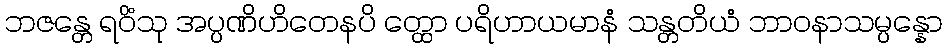
ဘဇန္တေ ရဝိံသု အပ္ပဏိဟိတေနပိ တ္ထော ပရိဟာယမာနံ သန္တတိယံ ဘာဝနာသမ္ပန္နော